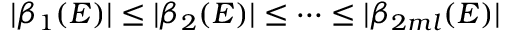
| \beta _ { 1 } ( E ) | \le | \beta _ { 2 } ( E ) | \le \cdots \le | \beta _ { 2 m l } ( E ) |